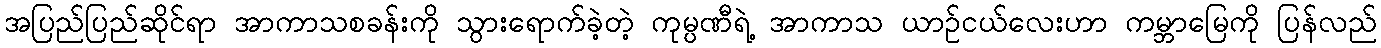
အပြည်ပြည်ဆိုင်ရာ အာကာသစခန်းကို သွားရောက်ခဲ့တဲ့ ကုမ္ပဏီရဲ့ အာကာသ ယာဉ်ငယ်လေးဟာ ကမ္ဘာမြေကို ပြန်လည်